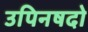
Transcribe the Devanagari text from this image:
उपिनषदो